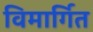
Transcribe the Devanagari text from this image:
विमार्गित